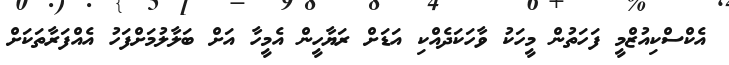
އެކްސްކިއުޒްމީ ފަހަތުން މީހަކު ވާހަކަދެއްކި އަޑަށް ރަޔާހީން އެމީހާ އަށް ބަލާލުމަށްފަހު އެއްފަރާތަކަށް